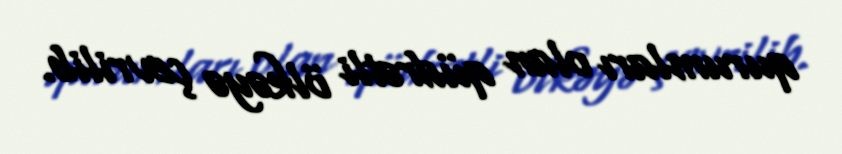
qurumları olan qüdrətli ölkəyə çevrilib.